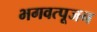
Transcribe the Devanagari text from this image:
भगवत्पूजन